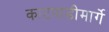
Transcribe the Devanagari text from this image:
काटपाडीमार्गे